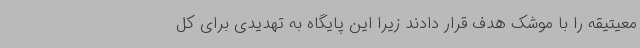
معیتیقه را با موشک هدف قرار دادند زیرا این پایگاه به تهدیدی برای کل